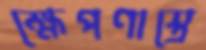
ক্ষেপণাস্ত্রে